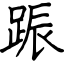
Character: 䟴